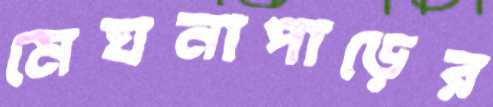
মেঘনাপাড়ের